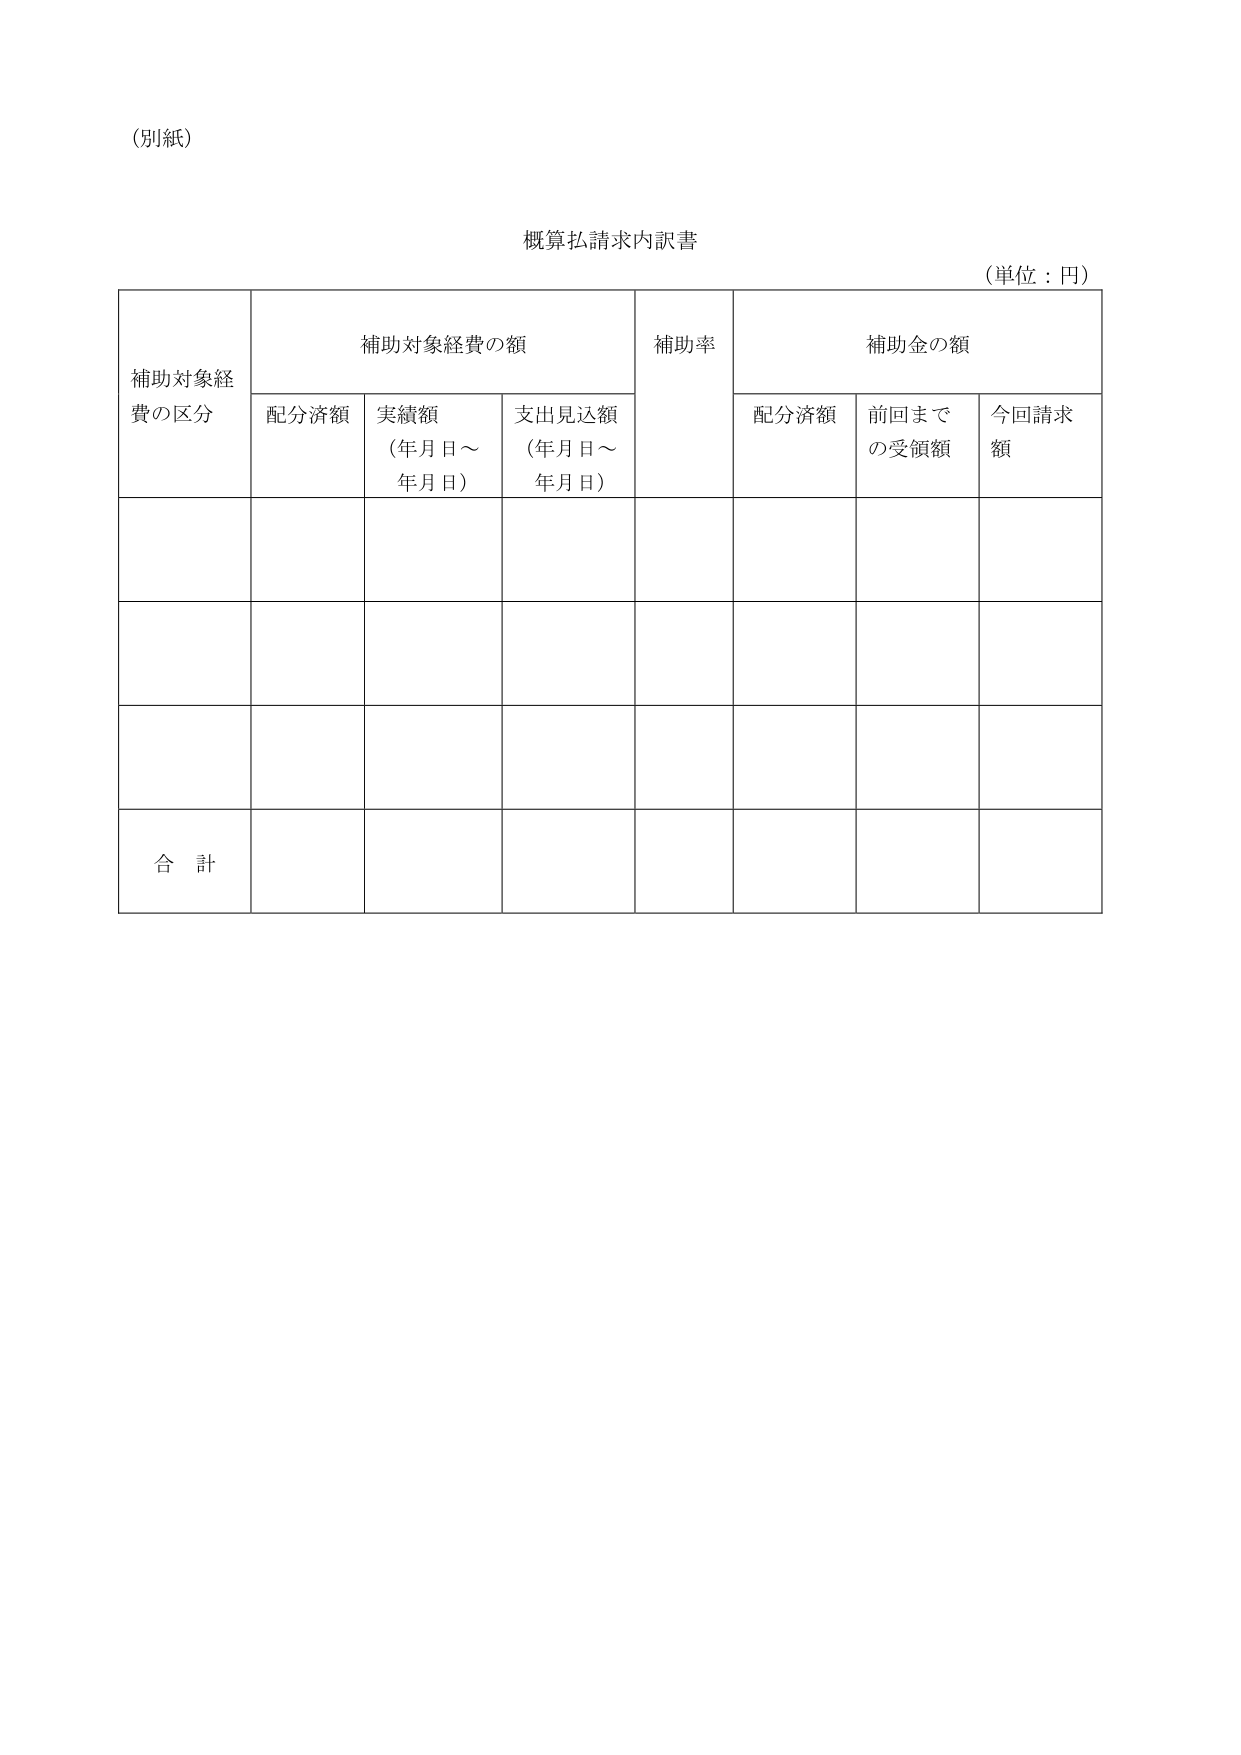
（別紙）

概算払請求内訳書
（単位：円）

補助対象経費の区分
補助対象経費の額
補助率
補助金の額

配分済額
実績額
（年月日～年月日）
支出見込額
（年月日～年月日）
配分済額
前回までの受領額
今回請求額

合計